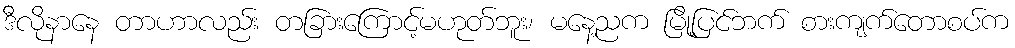
ဒီလိုနာနေ တာဟာလည်း တခြားကြောင့်မဟုတ်ဘူး၊ မနေ့ညက မြို့ပြင်ဘက် စားကျက်တောစပ်က